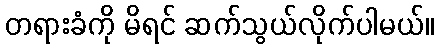
တရားခံကို မိရင် ဆက်သွယ်လိုက်ပါမယ်။